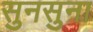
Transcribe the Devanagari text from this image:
सुनसुना